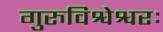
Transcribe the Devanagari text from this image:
गुरुविश्वेश्वरः